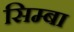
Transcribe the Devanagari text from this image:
सिम्बा